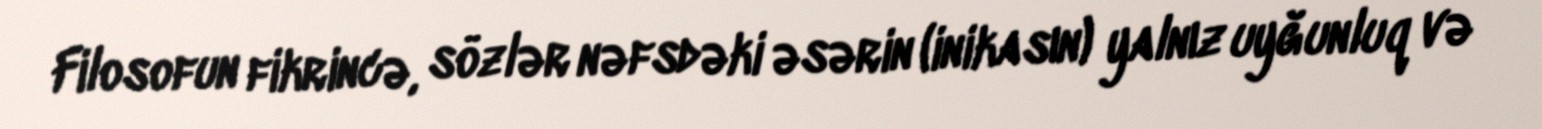
Filosofun fikrincə, sözlər nəfsdəki əsərin (inikasın) yalnız uyğunluq və